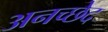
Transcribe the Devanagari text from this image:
अनच्छेद